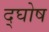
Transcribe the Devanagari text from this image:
द्घोष